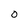
Character: O